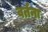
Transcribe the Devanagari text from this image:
वर्तना